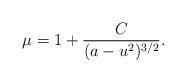
LaTeX: \begin{align*}\mu=1+\frac{C}{(a-u^2)^{3/2}}.\end{align*}